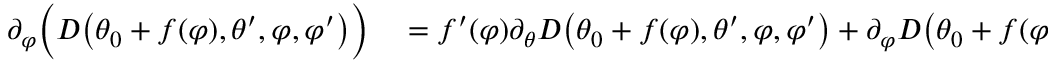
\begin{array} { r l } { \partial _ { \varphi } \Big ( D \big ( \theta _ { 0 } + f ( \varphi ) , \theta ^ { \prime } , \varphi , \varphi ^ { \prime } \big ) \Big ) } & { { } = f ^ { \prime } ( \varphi ) \partial _ { \theta } D \big ( \theta _ { 0 } + f ( \varphi ) , \theta ^ { \prime } , \varphi , \varphi ^ { \prime } \big ) + \partial _ { \varphi } D \big ( \theta _ { 0 } + f ( \varphi ) , \theta ^ { \prime } , \varphi , \varphi ^ { \prime } \big ) } \end{array}